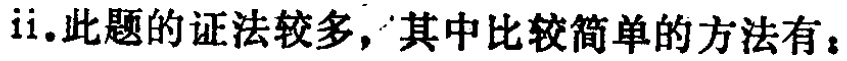
ii. 此题的证法较多，其中比较简单的方法有：